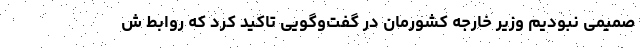
صمیمی نبودیم وزیر خارجه کشورمان در گفت‌وگویی تاکید کرد که روابط ش